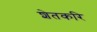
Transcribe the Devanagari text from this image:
शेतकरि